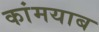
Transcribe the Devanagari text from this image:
कांमयाब